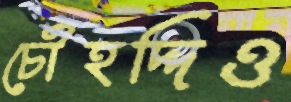
চৌহদ্দিও